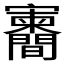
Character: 𪧶